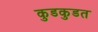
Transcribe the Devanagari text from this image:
कुडकुडत